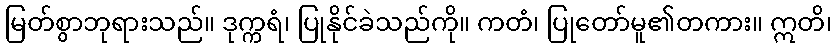
မြတ်စွာဘုရားသည်။ ဒုက္ကရံ၊ ပြုနိုင်ခဲသည်ကို။ ကတံ၊ ပြုတော်မူ၏တကား။ ဣတိ၊